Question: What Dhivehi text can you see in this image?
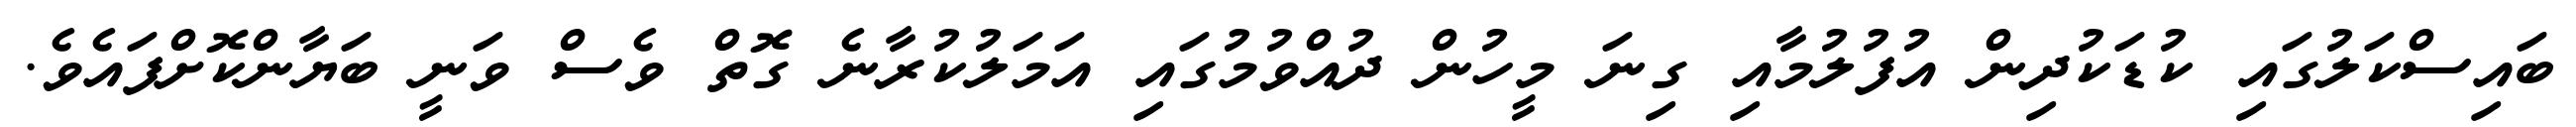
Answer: ބައިސްކަލުގައި ކުޑަކުދިން އުފުލުމާއި ގިނަ މީހުން ދުއްވުމުގައި އަމަލުކުރާނެ ގޮތް ވެސް ވަނީ ބަޔާންކޮށްފައެވެ.